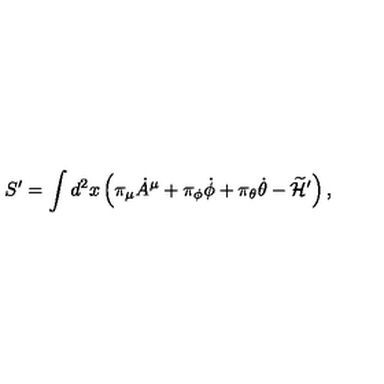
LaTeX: S ^ { \prime } = \int d ^ { 2 } x \left( \pi _ { \mu } { \dot { A } } ^ { \mu } + \pi _ { \phi } { \dot { \phi } } + \pi _ { \theta } { \dot { \theta } } - \widetilde { \cal H } ^ { \prime } \right) ,